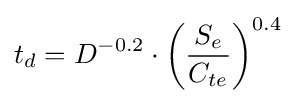
t_{d}=D^{-0.2}\cdot \left({\frac {S_{e}}{C_{te}}}\right)^{0.4}